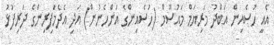
އެއީ ހުސެއިން އަބްދު މަރިޔަމް މައުސޫމް (ހުސެއިންގެ އަންހެނުން) އަދި އެދެމަފިރިންގެ ދަރިފުޅު